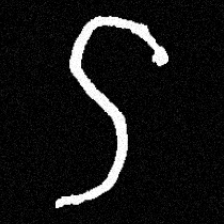
Pyu character \u2014 Myanmar letter: ဌ (romanized: ttha)